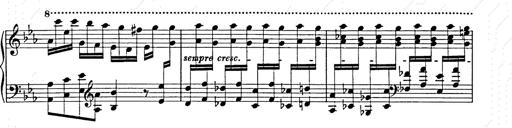
Title: Hungarian Rhapsody No.9
Composer: Franz Liszt
Key: E-flat major